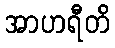
အာဟရီတိ